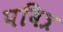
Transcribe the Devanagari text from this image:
पबित्र